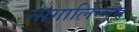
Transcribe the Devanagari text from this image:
नागालिन्गम